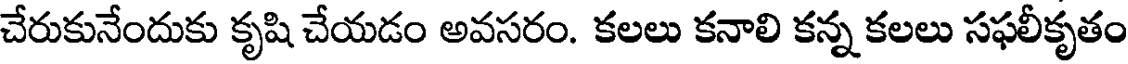
చేరుకునేందుకు కృషి చేయడం అవసరం. కలలు కనాలి కన్న కలలు సఫలీకృతం